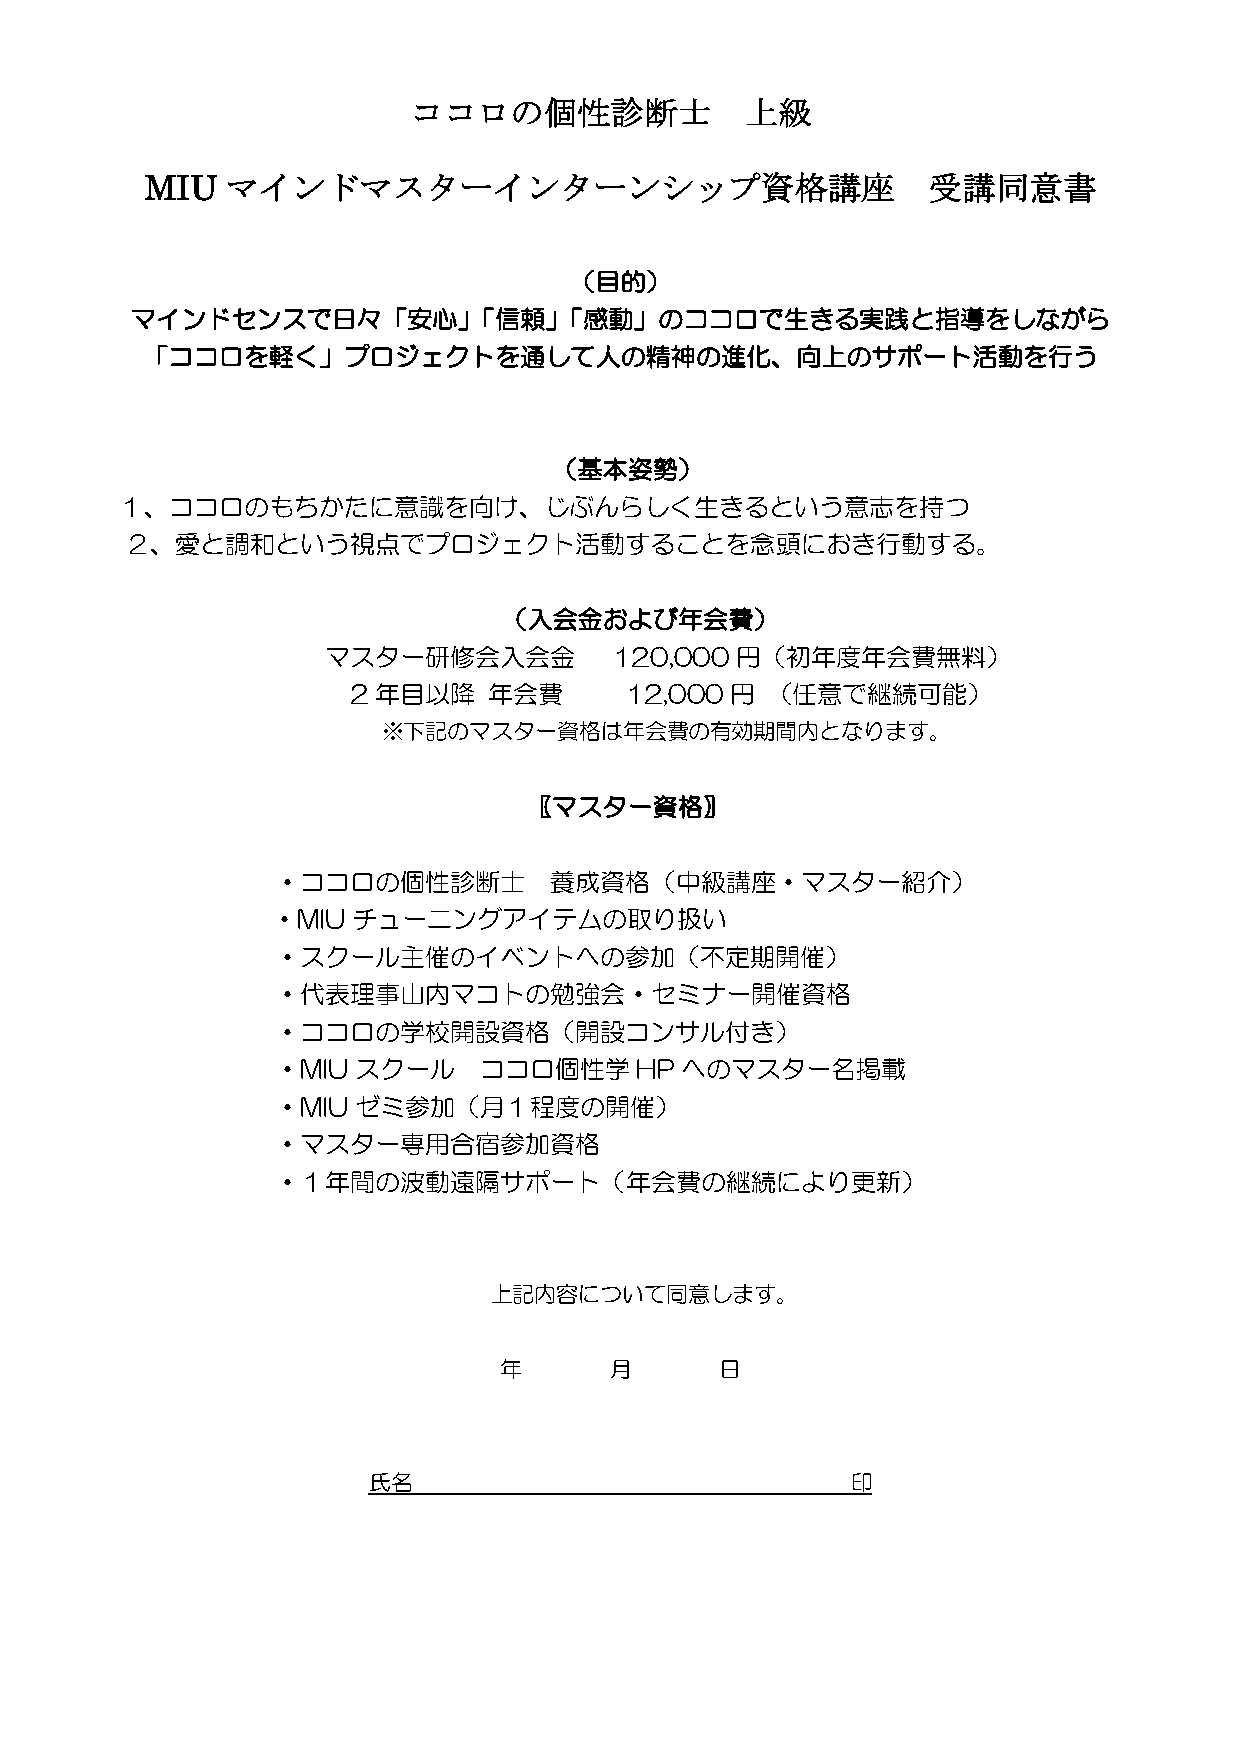
ココロの個性診断士             上級
 MIU  マインドマスターインターンシップ資格講座                          受講同意書
 （目的）
 マインドセンスで日々「安心」「信頼」「感動」のココロで生きる実践と指導をしながら
 「ココロを軽く」プロジェクトを通して人の精神の進化、向上のサポート活動を行う
 （基本姿勢）
 １、ココロのもちかたに意識を向け、じぶんらしく生きるという意志を持つ
 ２、愛と調和という視点でプロジェクト活動することを念頭におき行動する。
 （入会金および年会費）
 マスター研修会入会金         120,000 円（初年度年会費無料）
 2 年目以降   年会費      12,000 円  （任意で継続可能）
 ※下記のマスター資格は年会費の有効期間内となります。
 〖マスター資格〗
 ・ココロの個性診断士        養成資格（中級講座・マスター紹介）
 ・MIU チューニングアイテムの取り扱い
 ・スクール主催のイベントへの参加（不定期開催）
 ・代表理事山内マコトの勉強会・セミナー開催資格
 ・ココロの学校開設資格（開設コンサル付き）
 ・MIU スクール     ココロ個性学    HPへのマスター名掲載
 ・MIU ゼミ参加（月１程度の開催）
 ・マスター専用合宿参加資格
 ・１年間の波動遠隔サポート（年会費の継続により更新）
 上記内容について同意します。
 年      月       日
 氏名                              印